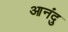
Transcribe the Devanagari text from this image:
आनंदु